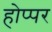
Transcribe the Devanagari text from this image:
होप्पर